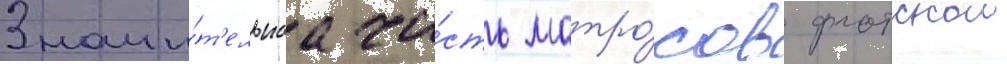
Значи́т'ельнаа ча́сть матро́сов флотскои